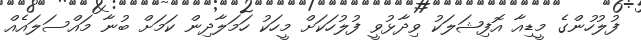
ފުލުހުންގެ މީޑިއާ އޮފިޝަލަކު ވިދާޅުވީ ފުލުހަކަށް މީހަކު ހަމަލާދިން ކަމަށް ބުނާ މައްސަލައެއް